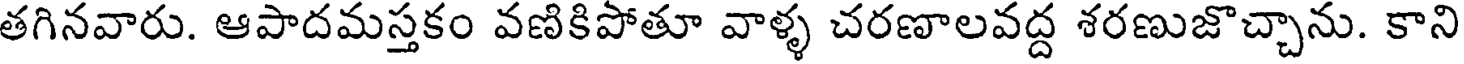
తగినవారు. ఆపాదమస్తకం వణికిపోతూ వాళ్ళ చరణాలవద్ద శరణుజొచ్చాను. కాని